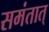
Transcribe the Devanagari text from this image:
समंतात्